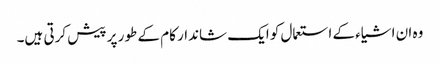
وہ ان اشیاء کے استعمال کو ایک شاندار کام کے طور پر پیش کرتی ہیں۔